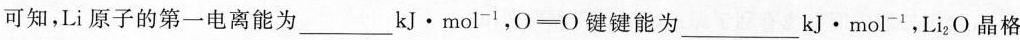
可知，Li原子的第一电离能为___kJ·mol^{-1}，O=О键键能为___kJ·mol^{-1}，Li_{2}O晶格